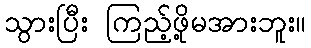
သွားပြီး ကြည့်ဖို့မအားဘူး။